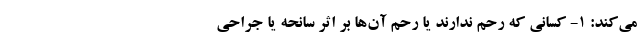
می‌کند: ۱- کسانی که رحم ندارند یا رحم آن‌ها بر اثر سانحه یا جراحی